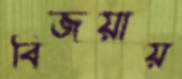
বিজয়ায়